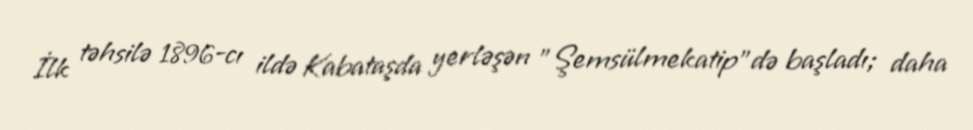
İlk təhsilə 1896-cı ildə Kabataşda yerləşən "Şemsülmekatip"də başladı; daha